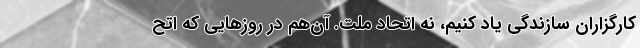
کارگزاران سازندگی یاد کنیم، نه اتحاد ملت. آن‌هم در روزهایی که اتح